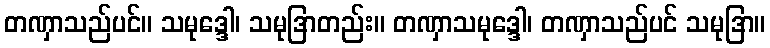
တဏှာသည်ပင်။ သမုဒ္ဒေါ၊ သမုဒြာတည်း။ တဏှာသမုဒ္ဒေါ၊ တဏှာသည်ပင် သမုဒြာ။